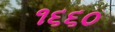
૧૬૬૦